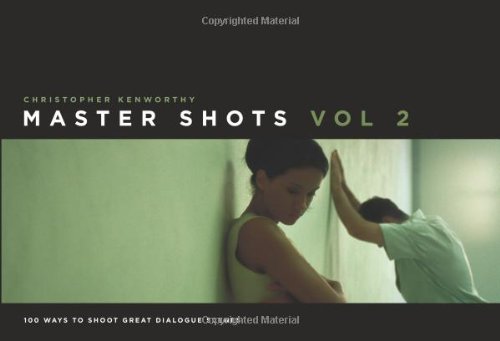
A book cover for Master Shots Vol 2: Shooting Great Dialogue Scenes; Christopher Kenworthy; Humor & Entertainment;